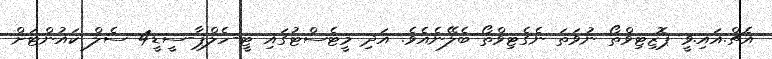
އެޗް.އައި.ވީ ޕޮޒިޓިވްތޯ ނުވަތަ ނެގެޓިވްތޯ ބެލޭނެއެވެ. އަދި މީޓެސްޓުގައި ޓީ-ހެލްޕާ-ސީޑީ4 ސެލް ކައުންޓަށް